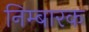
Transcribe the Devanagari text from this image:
निम्बारक